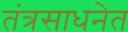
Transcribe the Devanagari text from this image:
तंत्रसाधनेत